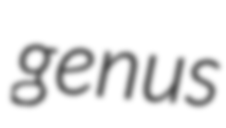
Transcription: genus